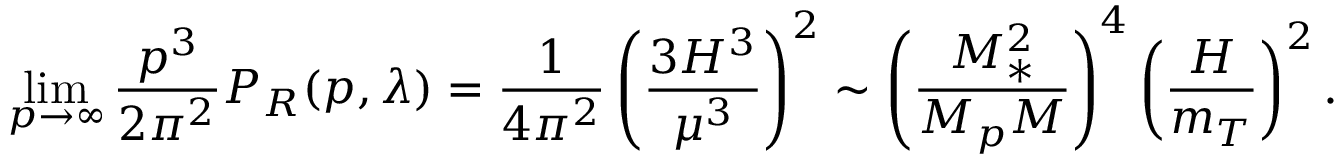
\operatorname * { l i m } _ { p \to \infty } \frac { p ^ { 3 } } { 2 \pi ^ { 2 } } P _ { { \cal R } } ( p , \lambda ) = \frac { 1 } { 4 \pi ^ { 2 } } \left( \frac { 3 H ^ { 3 } } { \mu ^ { 3 } } \right) ^ { 2 } \sim \left( \frac { M _ { \ast } ^ { 2 } } { M _ { p } M } \right) ^ { 4 } \left( \frac { H } { m _ { T } } \right) ^ { 2 } .